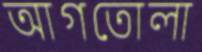
আগতোলা